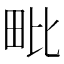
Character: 毗